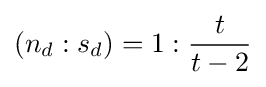
(n_{d}:s_{d})=1:{\frac {t}{t-2}}